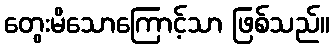
တွေးမိသောကြောင့်သာ ဖြစ်သည်။